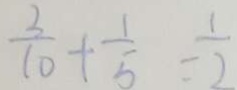
\frac { 3 } { 1 0 } + \frac { 1 } { 5 } = \frac { 1 } { 2 }